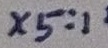
Text: X5:1